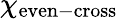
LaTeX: \chi_{\mathrm{even-cross}}